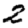
Digit: 2